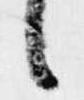
候